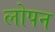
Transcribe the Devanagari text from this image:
लोपन